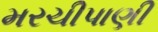
મરચીપાણી